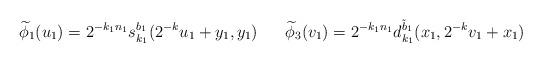
LaTeX: \begin{align*}&\widetilde\phi_1(u_1)=2^{-k_1n_1}s_{k_1}^{b_1}(2^{-k}u_1+y_1,y_1)& && &\widetilde\phi_3(v_1)=2^{-k_1n_1}d_{k_1}^{\tilde b_1}(x_1,2^{-k}v_1+x_1)&\end{align*}